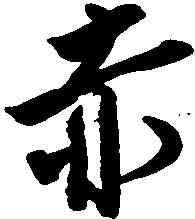
赤